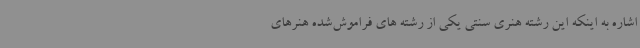
اشاره به اینکه این رشته هنری سنتی یکی از رشته های فراموش‌شده هنرهای